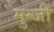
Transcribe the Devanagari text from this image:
मुन्जी